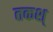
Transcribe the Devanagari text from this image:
तकश्